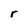
Character: r